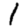
Digit: 1